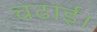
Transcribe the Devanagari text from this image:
चढाई।